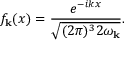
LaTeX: f _ { { \bf k } } ( x ) = \frac { e ^ { - i k x } } { \sqrt { ( 2 \pi ) ^ { 3 } 2 \omega _ { { \bf k } } } } .